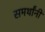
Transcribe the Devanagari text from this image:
समर्थांनीं